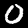
Label: 0